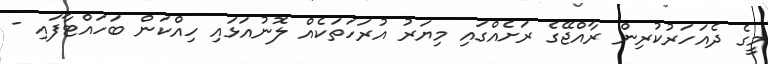
މީގެ ދެއަހަރުކުރިން ރާއްޖޭގެ ރަށެއްގައި މިޔަރު އުރަހަތަކެއް ލޮނުއަޅައި ހިއްކަން ބަހައްޓާފައި -